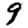
Digit: 9